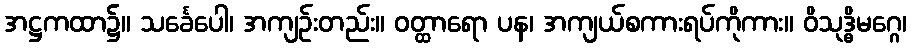
အဋ္ဌကထာ၌။ သင်္ခေပေါ၊ အကျဉ်းတည်း။ ဝတ္ထာရော ပန၊ အကျယ်စကားရပ်ကိုကား။ ဝိသုဒ္ဓိမဂ္ဂေ၊